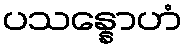
ပသန္နောဟံ